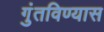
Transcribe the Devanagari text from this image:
गुंतविण्यास